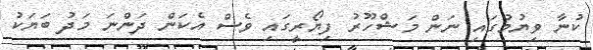
ކުނާ ވިޔުމުގައި ނަން މަޝްހޫރު ފިޔޯރީގައި ވެސް އެކަން ދަންނަ މަދު ބަޔަކު